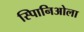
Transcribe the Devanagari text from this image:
स्पािनिओला